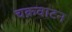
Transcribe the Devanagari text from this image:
चक्रवाटन